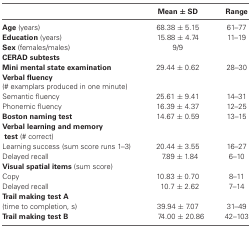
<table><thead><tr><td></td><td><b>Mean ± SD</b></td><td><b>Range</b></td></tr></thead><tbody><tr><td><b>Age</b> (years)</td><td>68.38 ± 5.15</td><td>61–77</td></tr><tr><td><b>Education</b> (years)</td><td>15.88 ± 4.74</td><td>11–19</td></tr><tr><td><b>Sex</b> (females/males)</td><td>9/9</td></tr><tr><td><b>CERAD subtests</b></td></tr><tr><td><b>Mini mental state examination</b></td><td>29.44 ± 0.62</td><td>28–30</td></tr><tr><td><b>Verbal fluency</b></td></tr><tr><td>(# examplars produced in one minute)</td></tr><tr><td>Semantic fluency</td><td>25.61 ± 9.41</td><td>14–31</td></tr><tr><td>Phonemic fluency</td><td>16.39 ± 4.37</td><td>12–25</td></tr><tr><td><b>Boston naming test</b></td><td>14.67 ± 0.59</td><td>13–15</td></tr><tr><td><b>Verbal learning and memory test</b> (# correct)</td></tr><tr><td>Learning success (sum score runs 1–3)</td><td>20.44 ± 3.55</td><td>16–27</td></tr><tr><td>Delayed recall</td><td>7.89 ± 1.84</td><td>6–10</td></tr><tr><td><b>Visual spatial items</b> (sum score)</td></tr><tr><td>Copy</td><td>10.83 ± 0.70</td><td>8–11</td></tr><tr><td>Delayed recall</td><td>10.7 ± 2.62</td><td>7–14</td></tr><tr><td><b>Trail making test A</b></td></tr><tr><td>(time to completion, s)</td><td>39.94 ± 7.07</td><td>31–49</td></tr><tr><td><b>Trail making test B</b></td><td>74.00 ± 20.86</td><td>42–103</td></tr></tbody></table>